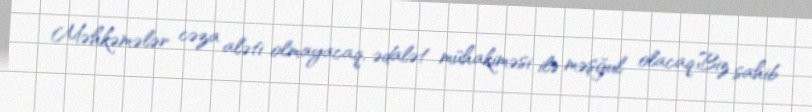
Məhkəmələr cəza aləti olmayacaq, ədalət mühakiməsi ilə məşğul olacaq:Biz sahib